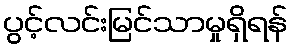
ပွင့်လင်းမြင်သာမှုရှိရန်